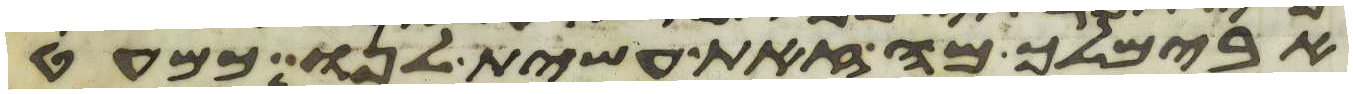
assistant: אבימלך מה זאת עשית לנו כמעט